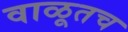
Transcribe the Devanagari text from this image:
वाळूतच